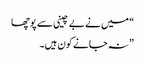
“ میں نے بے چینی سے پوچھا
” نہ جانے کون ہیں۔